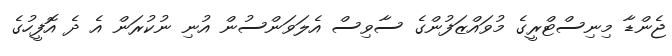
ޖެންޑާ މިނިސްޓްރީގެ މުވައްޒަފުންގެ ސާވިސް އެލަވަންސުން އުނި ނުކުރަން އެ ދެ އޮފީހުގެ